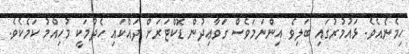
ހިމެނެއެވެ. ޅައުމުރުގައި ބަލިވެ އިންނަމަވެސް ގަވާޢިދުން ޑޮކްޓަރަށް ދައްކައި ހެދުމަކީ މުހިއްމު ކަމެކެވެ.